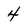
Character: 4